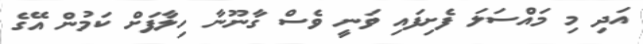
އަދި މި މައްސަލަ ފެށިފައި ވަނީ ވެސް ގާނޫނާ ހިލާފަށް ކަމުން އޭގެ